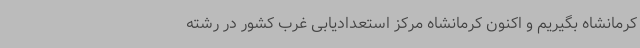
کرمانشاه بگیریم و اکنون کرمانشاه مرکز استعدادیابی غرب کشور در رشته